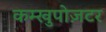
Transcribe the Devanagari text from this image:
कम्खुपोज़टर